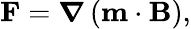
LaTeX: \mathbf{F}={\boldsymbol{\nabla}}\left(\mathbf{m}\cdot\mathbf{B}\right),